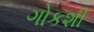
ગોકશી